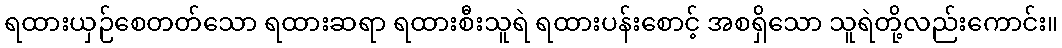
ရထားယှဉ်စေတတ်သော ရထားဆရာ ရထားစီးသူရဲ ရထားပန်းစောင့် အစရှိသော သူရဲတို့လည်းကောင်း။